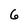
Character: 6